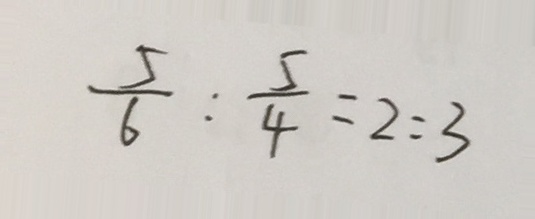
\frac { 5 } { 6 } : \frac { 5 } { 4 } = 2 : 3